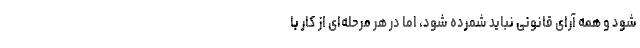
شود و همه آرای قانونی نباید شمرده شود، اما در هر مرحله‌ای از کار با